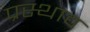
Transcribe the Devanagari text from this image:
प्रस्थाव